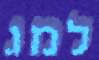
למג